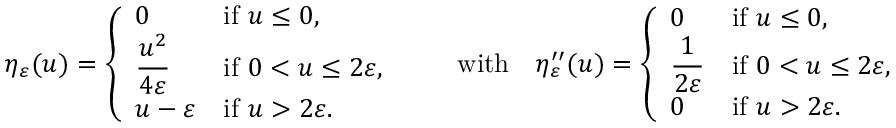
\eta _ { \varepsilon } ( u ) = \left\{ \begin{array} { l l } { 0 } & { \mathrm { i f ~ } u \le 0 , } \\ { \displaystyle \frac { u ^ { 2 } } { 4 \varepsilon } } & { \mathrm { i f ~ } 0 < u \le 2 \varepsilon , } \\ { u - \varepsilon } & { \mathrm { i f ~ } u > 2 \varepsilon . } \end{array} \right. \qquad \mathrm { w i t h } \quad \eta _ { \varepsilon } ^ { \prime \prime } ( u ) = \left\{ \begin{array} { l l } { 0 } & { \mathrm { i f ~ } u \le 0 , } \\ { \displaystyle \frac { 1 } { 2 \varepsilon } } & { \mathrm { i f ~ } 0 < u \le 2 \varepsilon , } \\ { 0 } & { \mathrm { i f ~ } u > 2 \varepsilon . } \end{array} \right.